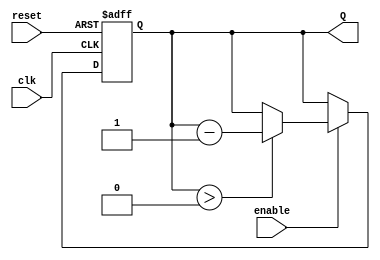
module binary_down_counter #(
    parameter N = 4 // Number of bits for the counter
)(
    input wire clk,        // Clock input
    input wire reset,      // Asynchronous reset
    input wire enable,     // Enable signal
    output reg [N-1:0] Q   // Counter output
);

    // Define the maximum count value based on the number of bits
    localparam MAX_COUNT = (1 << N) - 1; // 2^N - 1

    // Asynchronous reset and counting logic
    always @(posedge clk or posedge reset) begin
        if (reset) begin
            Q <= MAX_COUNT; // Reset to maximum count value
        end else if (enable) begin
            if (Q > 0) begin
                Q <= Q - 1; // Decrement the counter
            end
            // If Q is already 0, it remains 0
        end
    end

    // Initialize the counter to the maximum value
    initial begin
        Q = MAX_COUNT;
    end

endmodule